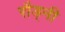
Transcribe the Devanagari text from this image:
रौड्नी